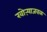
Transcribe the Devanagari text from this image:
खोऱ्याजवळ